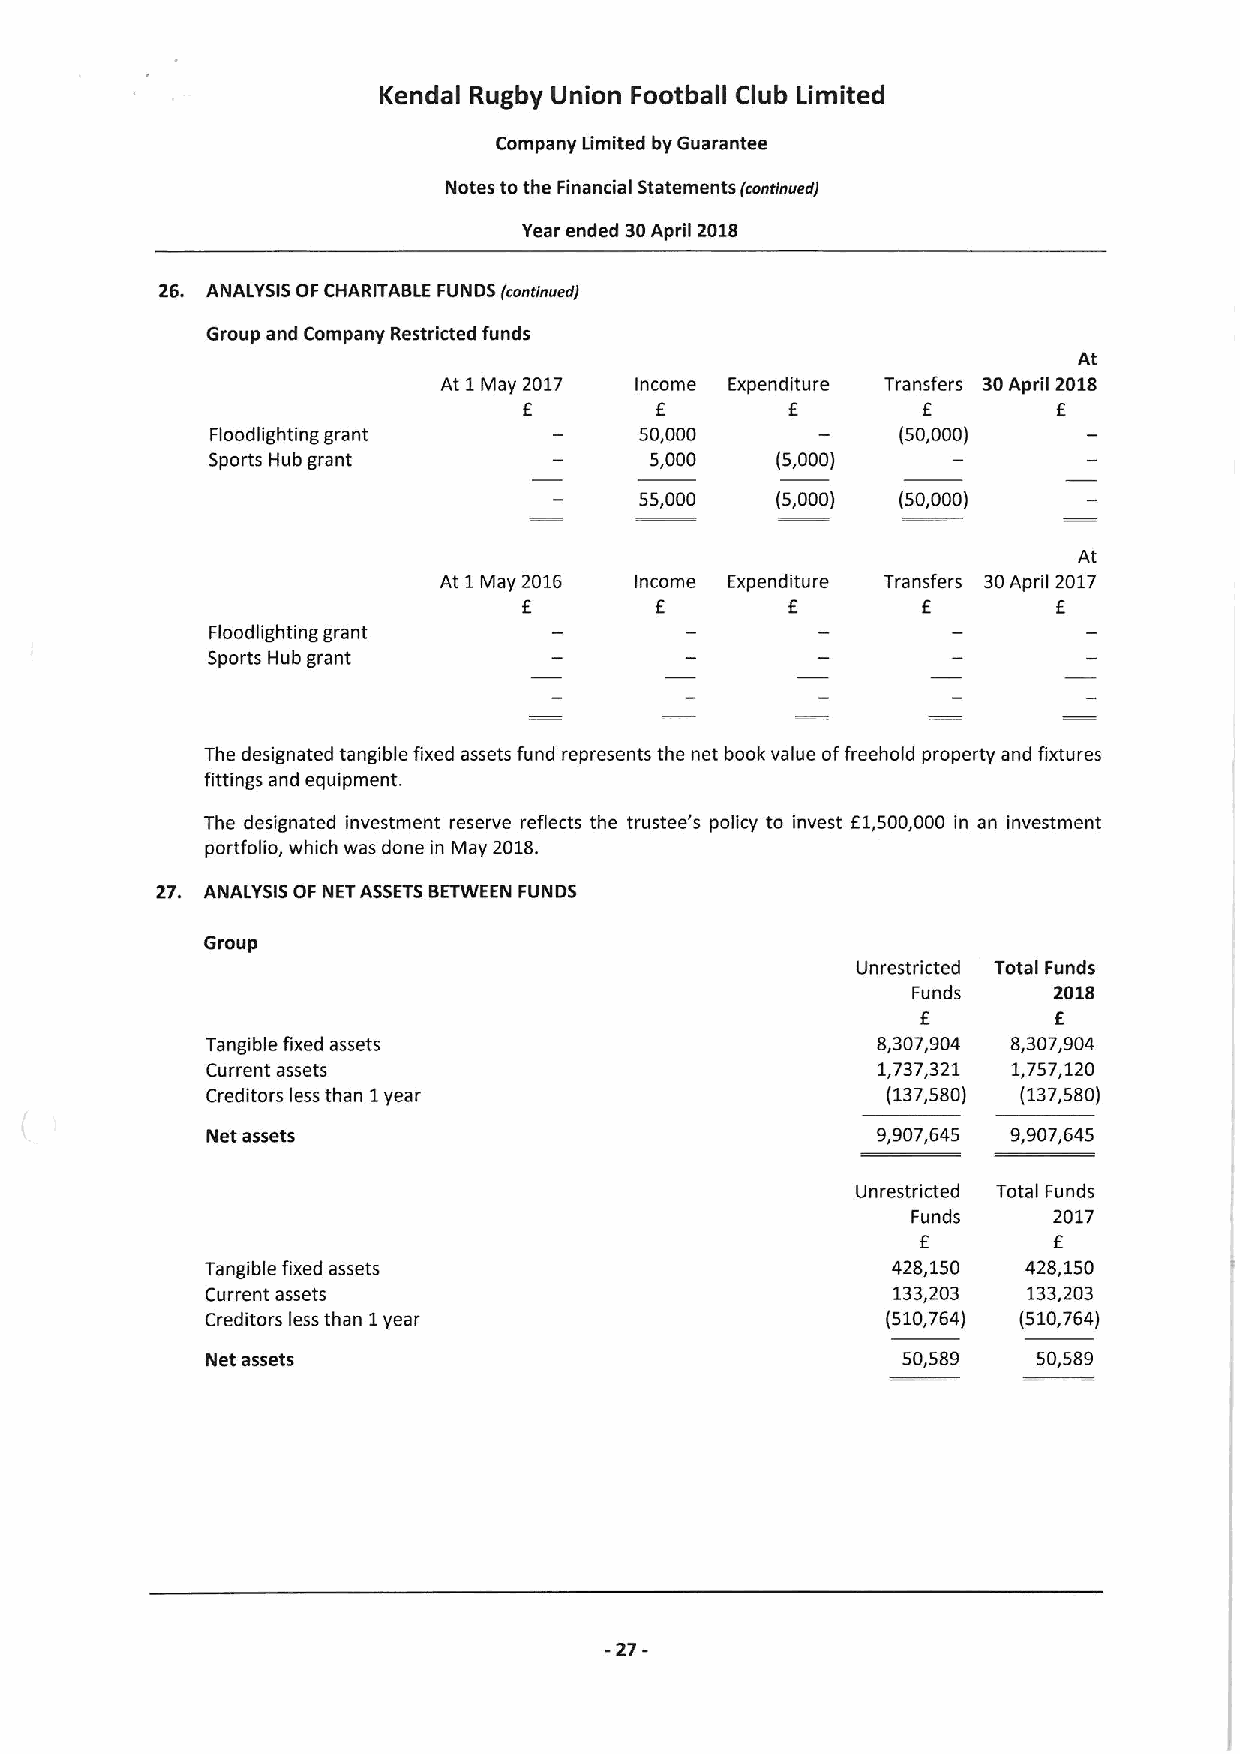
Kendal Rugby Union Football Club Limited
 Company Limited by Guarantee
 Notes tothe Financial Statements fronrrnuerri
 Year ended 30April 2018
 26. ANALYSIS OF CHARITABLE FUNDS fcontinvedj
 Group and Company Restricted funds
 At
 At 1May 2017 Income Expenditure Transfers 30April 2018
 E       E        E        E        E
 Floodlighting grant         50,000            (50,000)
 Sports Hub grant             5,000   (5,000)
 55,000   (5,000)  (50,000)
 At
 At 1May 2016 Income Expenditure Transfers 30April 2017
 E       E        E        E        E
 Floodlighting grant
 Sports Hub grant
 The designated tangible fixed assets fund represents the net book value offreehold property and fixtures
 fittings and equipment.
 The designated investment reserve reflects the trustee's policy to invest 61,500,000 in an investment
 portfolio, which was done in May 2018.
 27. ANALYSIS OF NETASSETSBETWEEN FUNDS
 Group
 Unrestricted Total Funds
 Funds     2018
 f
 E
 Tangible fixed assets                       8,307,904 8,307,904
 Current assets                              1,737,321 1,757,120
 Creditors less than 1year                    (137,580) (137,580)
 Net assets                                  9,907,645 9,907,645
 Unrestricted Total Funds
 Funds     2017
 E        E
 1angible fixed assets                        428,150  428,150
 Current assets                               133,203  133,203
 Creditors less than 1year                    (510,764) (510,764)
 Net assets                                    50,589   50,589
 -27-